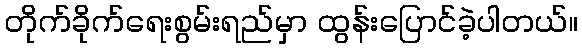
တိုက်ခိုက်ရေးစွမ်းရည်မှာ ထွန်းပြောင်ခဲ့ပါတယ်။